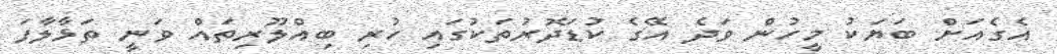
އެގެއަށް ބަޔަކު މީހުން ވަދެ އޭގެ ކުޑަދޮރުތަކުގައި ހުރި ބިއްލޫރިތައް ވަނީ ތަޅާލާފަ